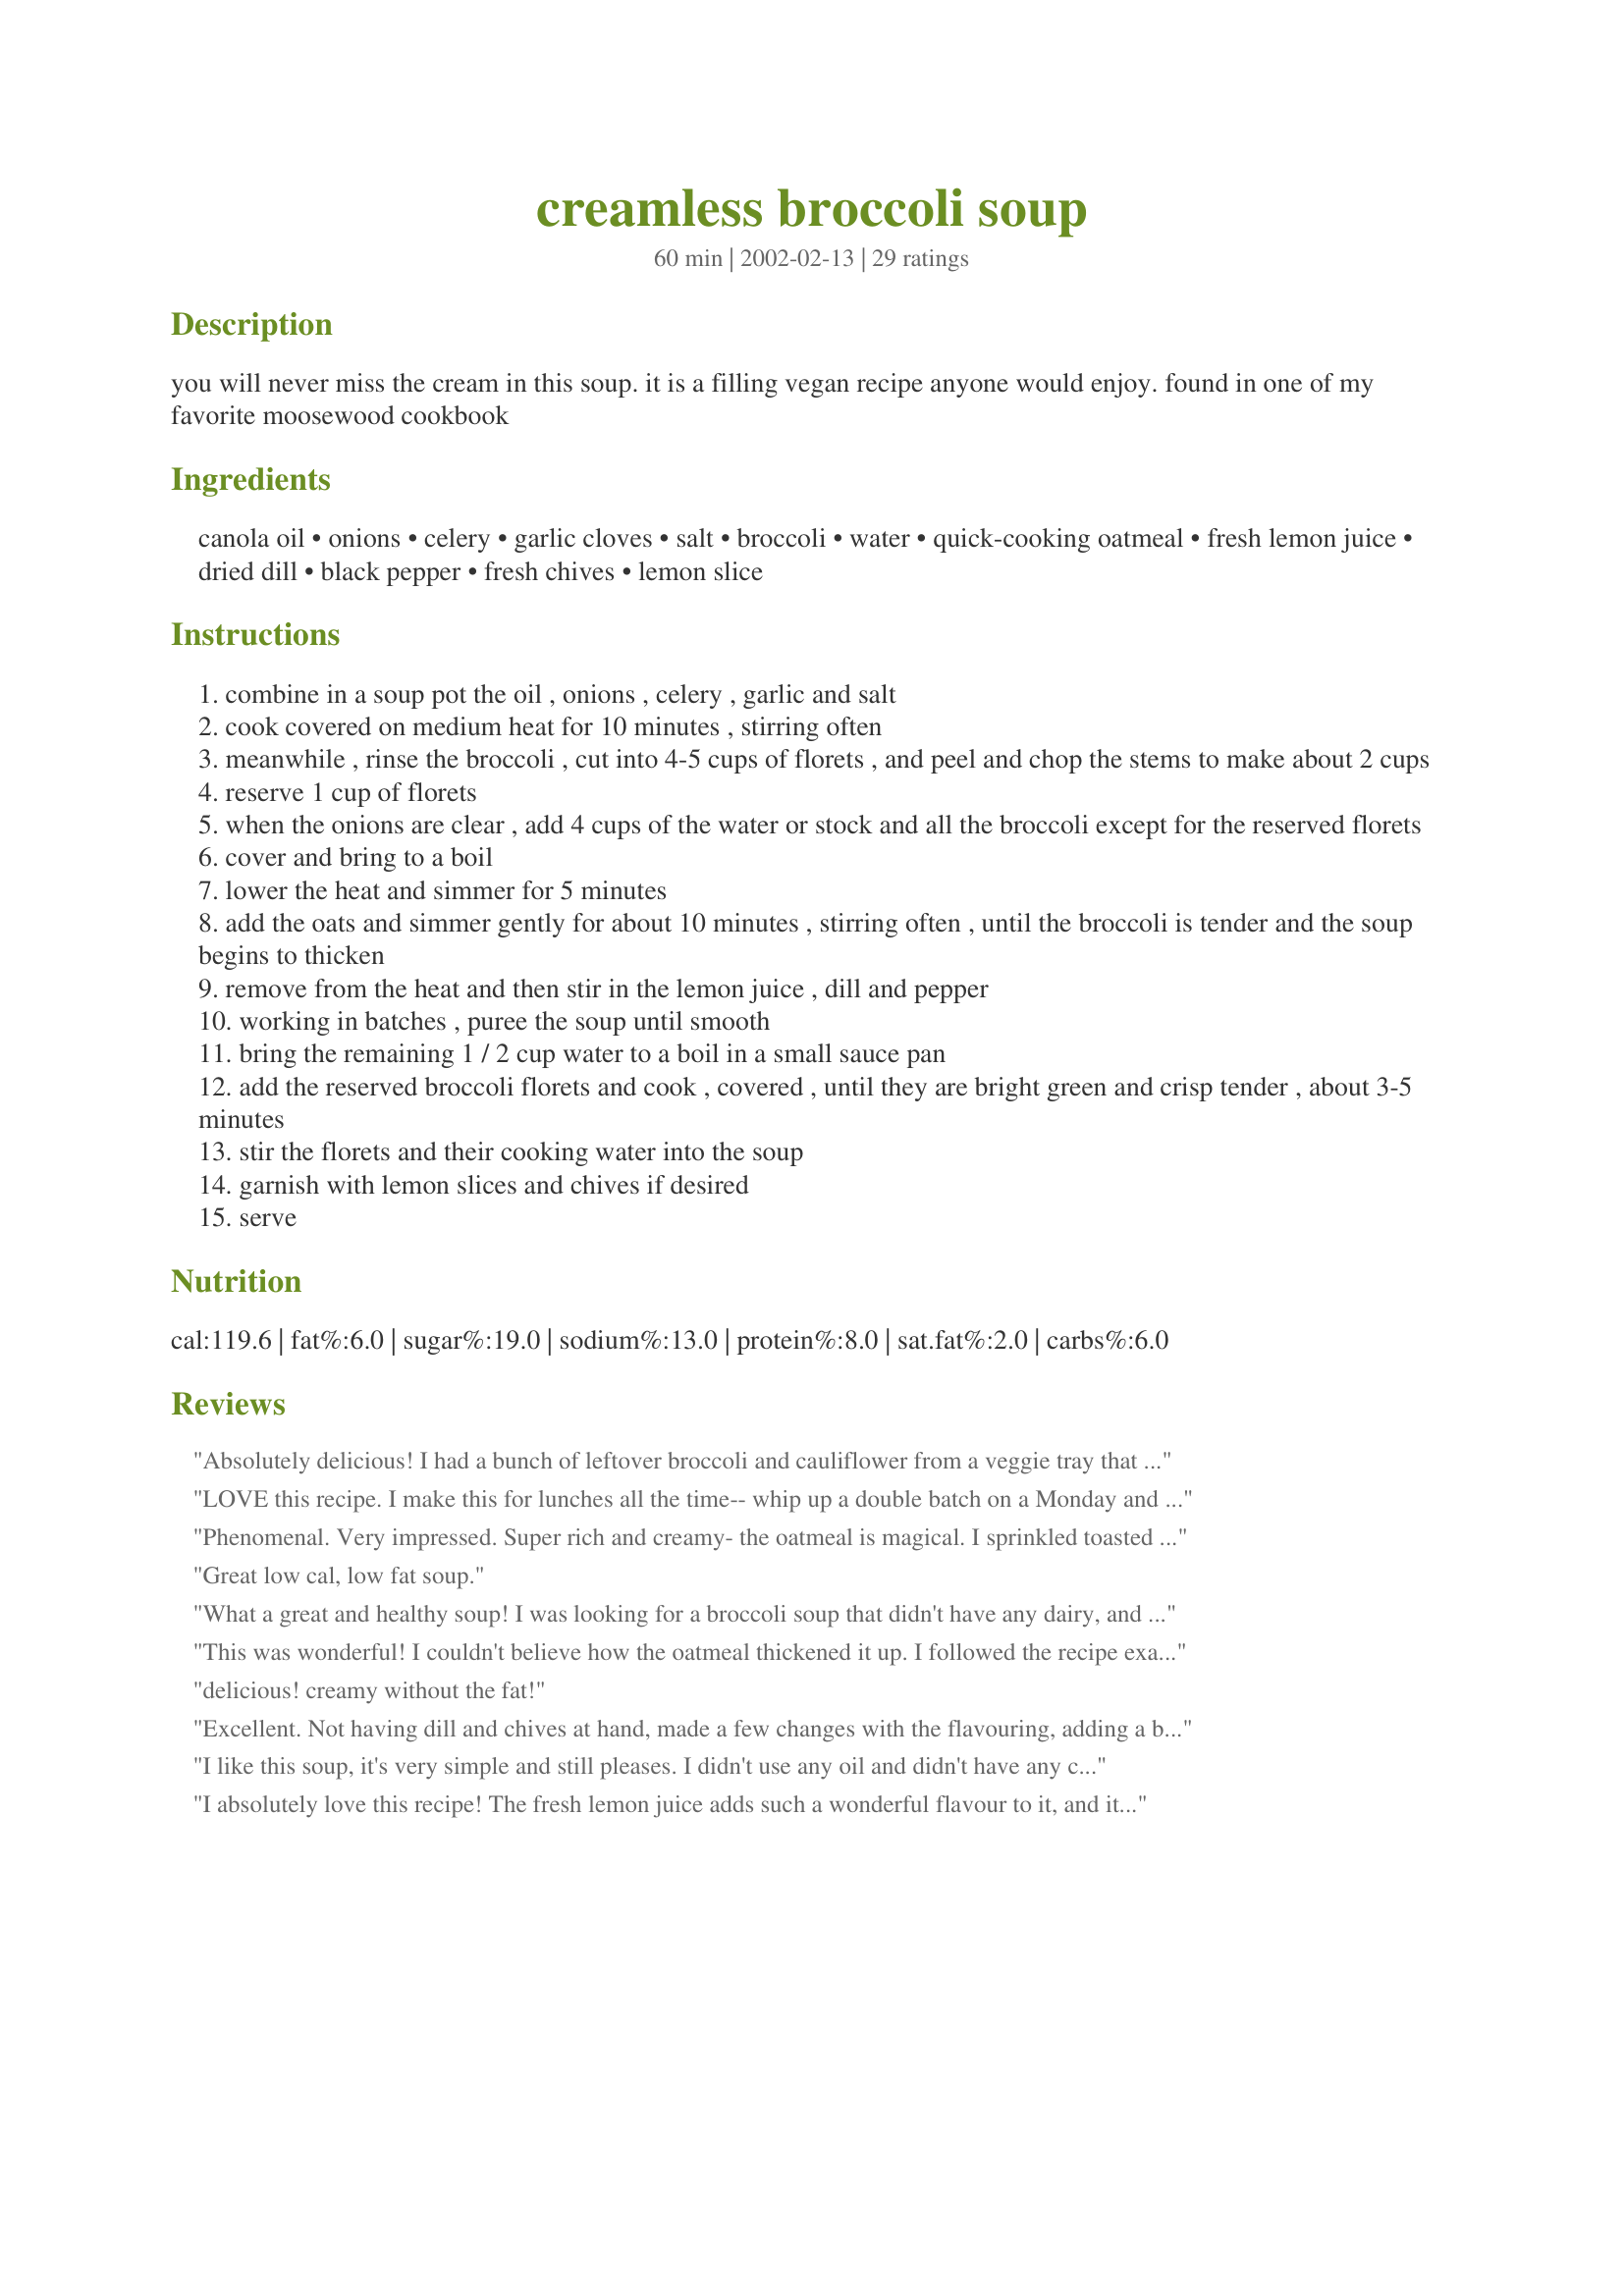
creamless broccoli soup
Preparation time: 60 minutes

you will never miss the cream in this soup. it is a filling vegan recipe anyone would enjoy. found in one of my favorite moosewood cookbook

Ingredients:
canola oil, onions, celery, garlic cloves, salt, broccoli, water, quick-cooking oatmeal, fresh lemon juice, dried dill, black pepper, fresh chives, lemon slice

Steps:
combine in a soup pot the oil , onions , celery , garlic and salt
cook covered on medium heat for 10 minutes , stirring often
meanwhile , rinse the broccoli , cut into 4-5 cups of florets , and peel and chop the stems to make about 2 cups
reserve 1 cup of florets
when the onions are clear , add 4 cups of the water or stock and all the broccoli except for the reserved florets
cover and bring to a boil
lower the heat and simmer for 5 minutes
add the oats and simmer gently for about 10 minutes , stirring often , until the broccoli is tender and the soup begins to thicken
remove from the heat and then stir in the lemon juice , dill and pepper
working in batches , puree the soup until smooth
bring the remaining 1 / 2 cup water to a boil in a small sauce pan
add the reserved broccoli florets and cook , covered , until they are bright green and crisp tender , about 3-5 minutes
stir the florets and their cooking water into the soup
garnish with lemon slices and chives if desired
serve

Reviews:
Absolutely delicious! I had a bunch of leftover broccoli and cauliflower from a veggie tray that I wanted to use up. So I wound up using 2 cups broccoli and 3 cups cauliflower. I followed the rest of the directions exactly, and ate 3/4ths of the pot myself for dinner! The lemon flavor was a touch strong, but that&#039;s likely because I used cauliflower. I can&#039;t wait to make this again!! Yum!&lt;br/&gt;&lt;br/&gt;*Update - I&#039;ve made this soup again, this time using all broccoli. I&#039;m not actually a vegan, so I added JUST a teaspoon of fat free half-and-half to each bowl and I can&#039;t believe how much it adds to an already amazing soup!!&lt;br/&gt;&lt;br/&gt;**Update 2 - I made this again, this time using all cauliflower. I used the chicken broth instead of water or veggie broth, then followed everything else exactly. Still amazing!
LOVE this recipe. I make this for lunches all the time-- whip up a double batch on a Monday and eat it for lunch all week. It's really adaptable! I add other veggies, whatever spices I'm in the mood for, etc. I generally add cabbage because I love it, and add lots of extra garlic and plenty of spices. It tastes great, and there's a bonus: when I have a 200-calorie or so lunch, I get to eat a bigger dinner!
Phenomenal. Very impressed. Super rich and creamy- the oatmeal is magical. I sprinkled toasted pine nuts on top right before serving.
Great low cal, low fat soup.
What a great and healthy soup! I was looking for a broccoli soup that didn't have any dairy, and boy was I glad I found this one. I doubled the recipe because of all the great reviews, and am glad I did. My husband also likes it because he has to watch his cholesterol. Next time I would reduce the dill and salt just a tad. The dill was a little too overpowering and the salt is just a preference. Thanks for posting this keeper! I will definitely make this again!
This was wonderful! I couldn't believe how the oatmeal thickened it up. I followed the recipe exactly except I didn't have any chives. It made alot so I have some containers in the freezer. I didn't miss the milk or cream at all. I'm very glad I found this one and tried it.
delicious! creamy without the fat!
Excellent. Not having dill and chives at hand, made a few changes with the flavouring, adding a bay leaf, and, just before liquidising, some chopped parsley and basil. I halved the recipe but still used 2 garlic cloves and added extra celery. Instead of boiling the remaining florets, I stir-fryed them in sesame oil before adding to the soup ( I had previously the whole quantity of water to the vegetables). Finally I garnished it with the green part of spring onions, finely chopped, having cooked the white part with the soup. I have never made broccoli soup before so thanks for a new way of using this vegetable.
I like this soup, it's very simple and still pleases. I didn't use any oil and didn't have any chives on hand, but otherwise followed the recipe as posted.
I absolutely love this recipe! The fresh lemon juice adds such a wonderful flavour to it, and it's really easy to make.
I found this to be a bit of a ying and yang!! Served hot I found it a bit bland (hot spice picked it up), however, served cold it was really good. Nice and thick and tasty. Go figure!! Thanks Trish.
My boyfriend and I are doing a veggie "fast" this week to repair the damage done from holidays, travel, and laziness. I ommitted the starch and added a carrot, and the soup was wonderful! Granted, it is no longer a substute for creamy broccoli soup, but still so good. The lemon added a nice tang. I pureed the entire batch. We will definitly make this again, maybe with the oatmeal when this veggie business ends!
I cooked this soup yesterday, it was quick for soup :) I wish I had cooked the broccoli longer after I had it all together, and maybe a little less dill, but I'm not much for dill in soup... other than that, I was satisfied with it. I had to make my boyfriend STOP "tasting." It was very aromatic.. my boyfriend claimed it smelled like "Stuffing seasoning." I don't think so, but so he said :) It was a very new and unique taste, so thanks for sharing! :)
Very good. I loved the oatmeal in it. Who would have known? I am going to make all of my cream soups like tat from now on. I had to add some extra salt and pepper to flavor it up a little.
I like to make this recipe with 4 cloves of garlic, organic chicken broth and 3 large heads of broccoli - I love broccoli! This is super easy to make and is a great use for all that extra broccoli from the garden. Love it!
This is a great soup, I didn't even miss the milk or butter. I used a great vegtable stock. I didn't have a lemon, but I'm looking forward to trying it, I think it will brighten the soup. I skipped the dill, I don't care for dill. This recipe is going in my cookbook.
I didn't have some of the ingredients, so I made a few changes, but it still sat wonderfully in my tummy! I substituted spring onion stalks for the celery, added more onions for the garlic, and omitted dill and the chives. I used water and not stock, but it was still hearty enough to make a satisfying dinner along with toasted whole-wheat bread. I'll definitely make this one again.
I couldn't even believe how delicious and creamlessly creamy this soup was!!! I was getting a little annoyed while cooking it because I'm definitely a novice chef who takes a long time to chop things, but it was absolutely worth the time and effort. I didn't have celery, dill or chives on hand, so I just left them out. I used water, adding half a vegetable bouillon cube to the pot once the water had begun to boil. I added a bit too much lemon juice (I just juiced half a large lemon, but it definitely yielded more than a tablespoon), so next time I'll make sure to measure that out properly. I think that I may also reserve more florets to cook and stir in at the end, because I like the chunks! All in all, simple to execute and very, very tasty.
I made this for a family dinner - seconds were had by all, so that is always a good sign!
Very good & hearty soup. I pureed the whole batch (I like things smooth & creamy) It's great for cool days -- really warms you up. Plus, its super low-cal and fills you up! Would highly reccomend this recipe!
I love most things Moosewood - can't believe I've never tried this one before. Easy to put together (although, if I had needed to pull out my blender I might have said otherwise)...thank goodness for immersion blenders. I agree it might need some more salt, all depending on your stock. Thanks Tish for posting this!
Made the recipe exactly as instructed, stopping after pureeing the contents of the soup-pot, with the intention of freezing it. It is so yummy that I suspect none of it will get to the freezer!
A clever use of oatmeal that really thickens well without the use of dairy. An easy, handy recipe for a cold day.
Very, very, very good! I chose this recipe because I wanted a healthy version of broccoli soup, but I was prepared to have to compromise a bit on taste. BUT, no compromise here! This soup is unbelievably tasty! The only change I made was to use low-sodium chicken broth. Delicious! I'll make this again and again.
We have food allergies we work around, and this is EXACTLY what we needed. It has become our staple for broccoli soup. We enjoy the dill, and all the rest. My one suggestion is to make sure you blend it well! I left it just a bit chunky and it didn't hit the pallet the same, too much texture.
This is fantastic! I needed ideas to use up all the fresh broccoli we grew in our garden this winter. My husband just can't get enough of this yummy soup! I used 1/2 chicken broth & 1/2 water. Also steamed the 1 c. reserved broccoli instead of cooking in a saucepan. This soup freezes well, too! Thanks again, it's a keeper!
Yum! I love this soup! I pureed all the broccoli, but other than that followed the recipe to the letter. This is a wonderfully delicate, smooth soup. Can't wait to make it again thanks!
This recipe is tremendous- the oatmeal really adds a great texture to the soup. Thanks!
Wonderful! Yet another successful recipe from Moosewoods. This is great for those who like their vegetarian soups.
I followed the recipe exactly and it came out fairly decently. A good broccoli soup, but not my favorite. And I did need to add more salt and pepper than the recipe stated.
